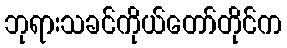
ဘုရားသခင်ကိုယ်တော်တိုင်က